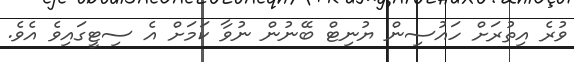
ވުރެ އިތުރަށް ހައުސިން ޔުނިޓް ބޭނުން ނުވާ ކަމަށް އެ ސިޓީގައިވެ އެވެ.